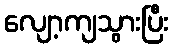
လျော့ကျသွားပြီး